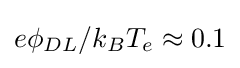
e\phi _{DL}/k_{B}T_{e}\approx 0.1